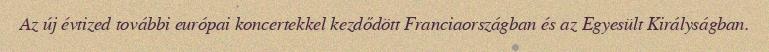
Az új évtized további európai koncertekkel kezdődött Franciaországban és az Egyesült Királyságban.